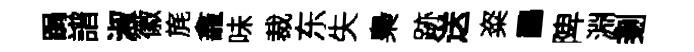
跼譜淑徽旄龕味裁东失梟跡送粢鸝陴淵剗